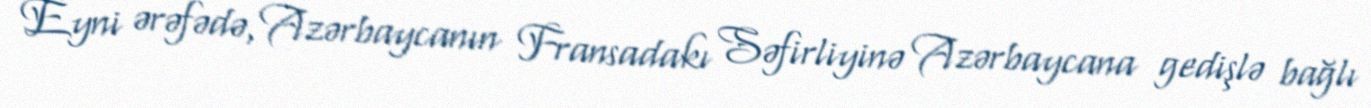
Eyni ərəfədə, Azərbaycanın Fransadakı Səfirliyinə Azərbaycana gedişlə bağlı